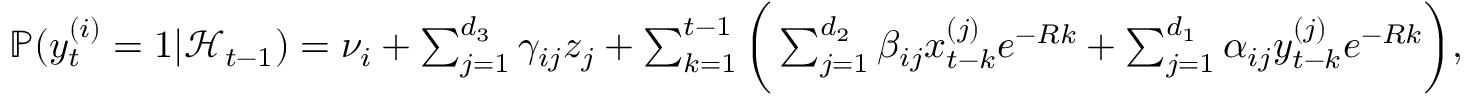
\begin{array} { r } { \mathbb { P } ( y _ { t } ^ { ( i ) } = 1 | \mathcal { H } _ { t - 1 } ) = \nu _ { i } + \sum _ { j = 1 } ^ { d _ { 3 } } \gamma _ { i j } z _ { j } + \sum _ { k = 1 } ^ { t - 1 } \bigg ( \sum _ { j = 1 } ^ { d _ { 2 } } \beta _ { i j } x _ { t - k } ^ { ( j ) } e ^ { - R k } + \sum _ { j = 1 } ^ { d _ { 1 } } \alpha _ { i j } y _ { t - k } ^ { ( j ) } e ^ { - R k } \bigg ) , } \end{array}